Indian journal of veterinary science and animal husbandry - Volume 1,
Year: 1931
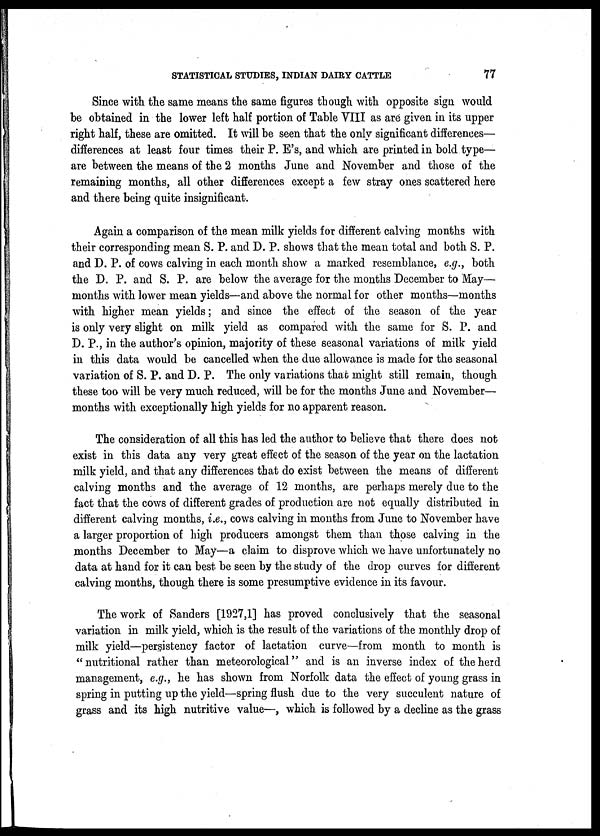
STATISTICAL STUDIES, INDIAN DAIRY CATTLE 77
Since with the same means the same figures though with opposite sign would
be obtained in the lower left half portion of Table VIII as are given in its upper
right half, these are omitted. It will be seen that the only significant differences—
differences at least four times their P. E's, and which are printed in bold type—
are between the means of the 2 months June and November and those of the
remaining months, all other differences except a few stray ones scattered here
and there being quite insignificant.
Again a comparison of the mean milk yields for different calving months with
their corresponding mean S. P. and D. P. shows that the mean total and both S. P.
and D. P. of cows calving in each month show a marked resemblance, e.g., both
the D. P. and S. P. are below the average for the months December to May—
months with lower mean yields—and above the normal for other months—months
with higher mean yields ; and since the effect of the season of the year
is only very slight on milk yield as compared with the same for S. P. and
D. P., in the author's opinion, majority of these seasonal variations of milk yield
in this data would be cancelled when the due allowance is made for the seasonal
variation of S. P. and D. P. The only variations that might still remain, though
these too will be very much reduced, will be for the months June and November—
months with exceptionally high yields for no apparent reason.
The consideration of all this has led the author to believe that there does not
exist in this data any very great effect of the season of the year on the lactation
milk yield, and that any differences that do exist between the means of different
calving months and the average of 12 months, are perhaps merely due to the
fact that the cows of different grades of production are not equally distributed in
different calving months, i.e., cows calving in months from June to November have
a larger proportion of high producers amongst them than those calving in the
months December to May—a claim to disprove which we have unfortunately no
data at hand for it can best be seen by the study of the drop curves for different
calving months, though there is some presumptive evidence in its favour.
The work of Sanders [1927,1] has proved conclusively that the seasonal
variation in milk yield, which is the result of the variations of the monthly drop of
milk yield—persistency factor of lactation curve—from month to month is
"nutritional rather than meteorological" and is an inverse index of the herd
management, e.g., he has shown from Norfolk data the effect of young grass in
spring in putting up the yield—spring flush due to the very succulent nature of
grass and its high nutritive value—, which is followed by a decline as the grass